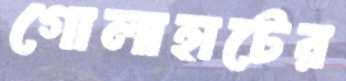
গোলাহাটের